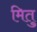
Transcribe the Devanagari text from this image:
मितु